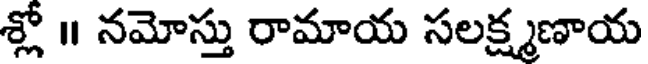
శ్లో ॥ నమోస్తు రామాయ సలక్ష్మణాయ